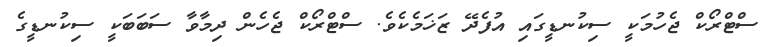
ސްޓްރޯކް ޖެހުމަކީ ސިކުނޑީގައި އުފެދޭ ޒަޚަމެކެވެ. ސްޓްރޯކް ޖެހެން ދިމާވާ ސަބަބަކީ ސިކުނޑީގެ